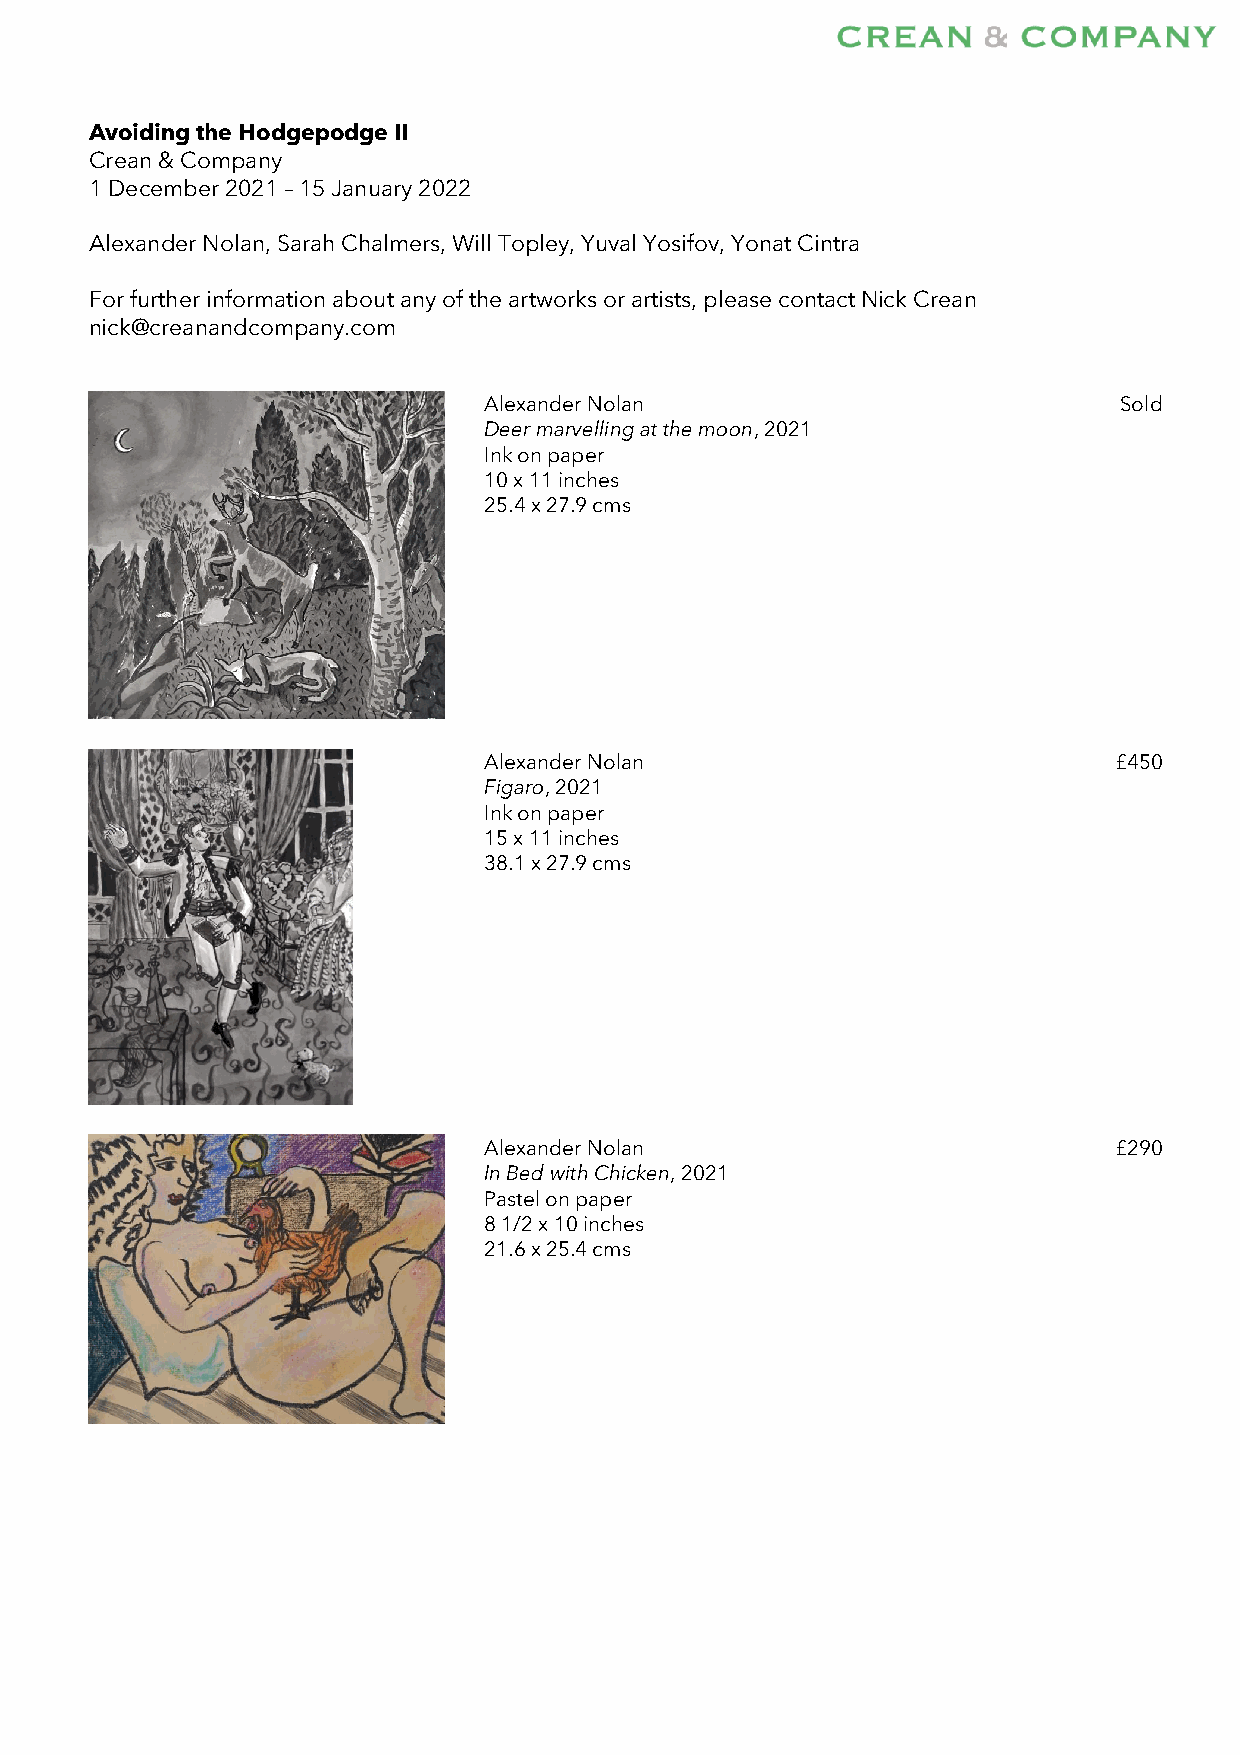
Avoiding the Hodgepodge II
 Crean & Company
 1 December 2021 – 15 January 2022
 Alexander Nolan, Sarah Chalmers, Will Topley, Yuval Yosifov, Yonat Cintra
 For further information about any of the artworks or artists, please contact Nick Crean
 nick@creanandcompany.com
 Alexander Nolan                           Sold
 Deer marvelling at the moon, 2021
 Ink on paper
 10 x 11 inches
 25.4 x 27.9 cms
 Alexander Nolan                           £450
 Figaro, 2021
 Ink on paper
 15 x 11 inches
 38.1 x 27.9 cms
 Alexander Nolan                           £290
 In Bed with Chicken, 2021
 Pastel on paper
 8 1/2 x 10 inches
 21.6 x 25.4 cms